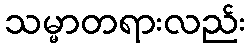
သမ္မာတရားလည်း